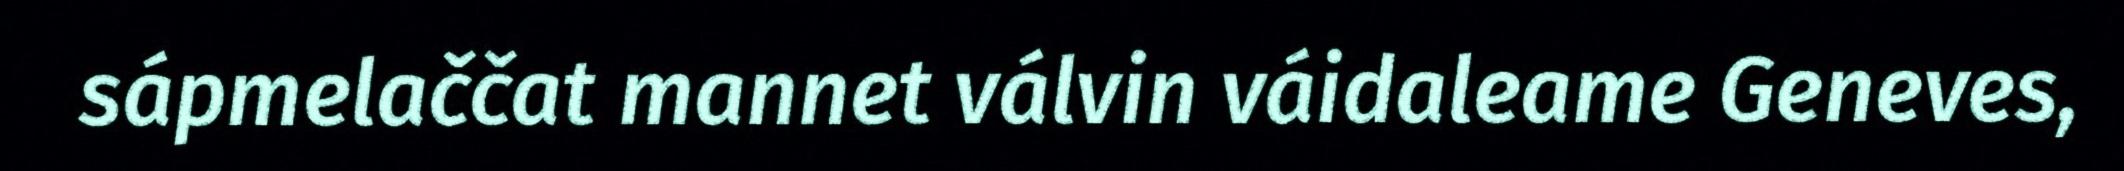
sápmelaččat mannet válvin váidaleame Geneves,